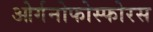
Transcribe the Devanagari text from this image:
ओर्गनोफोस्फोरस